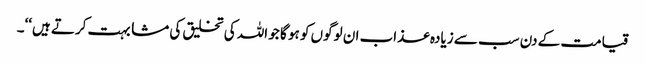
قیامت کے دن سب سے زیادہ عذاب ان لوگوں کو ہو گا جو اللہ کی تخلیق کی مشابہت کرتے ہیں‘‘۔